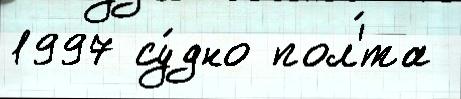
1997 су́дно пол'́та